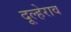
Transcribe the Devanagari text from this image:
दूल्हेराव